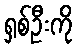
ရှစ်ဦးကို